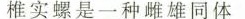
椎实螺是一种雌雄同体